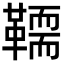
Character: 𩍄